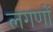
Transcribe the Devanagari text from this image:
लगणों